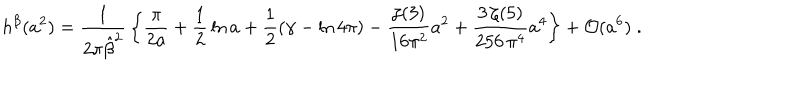
h ^ { \beta } ( a ^ { 2 } ) = { \frac { 1 } { 2 \pi { \hat { \beta } } ^ { 2 } } } \left\{ \frac { \pi } { 2 a } + { \frac { 1 } { 2 } } \ln a + { \frac { 1 } { 2 } } ( \gamma - \ln 4 \pi ) - \frac { \zeta ( 3 ) } { 1 6 \pi ^ { 2 } } a ^ { 2 } + \frac { 3 \, \zeta ( 5 ) } { 2 5 6 \, \pi ^ { 4 } } a ^ { 4 } \right\} + { \cal O } ( a ^ { 6 } ) \; .